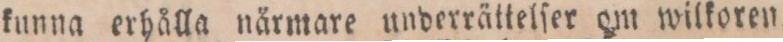
kunna erhålla närmare underrättelſer om wilkoren.